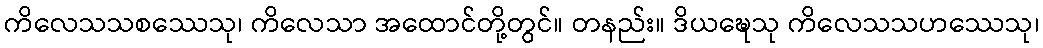
ကိလေသသစဿေသု၊ ကိလေသာ အထောင်တို့တွင်။ တနည်း။ ဒိယဍ္ဎေသု ကိလေသသဟဿေသု၊